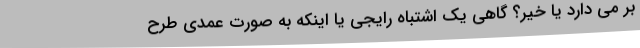
بر می دارد یا خیر؟ گاهی یک اشتباه رایجی یا اینکه به صورت عمدی طرح